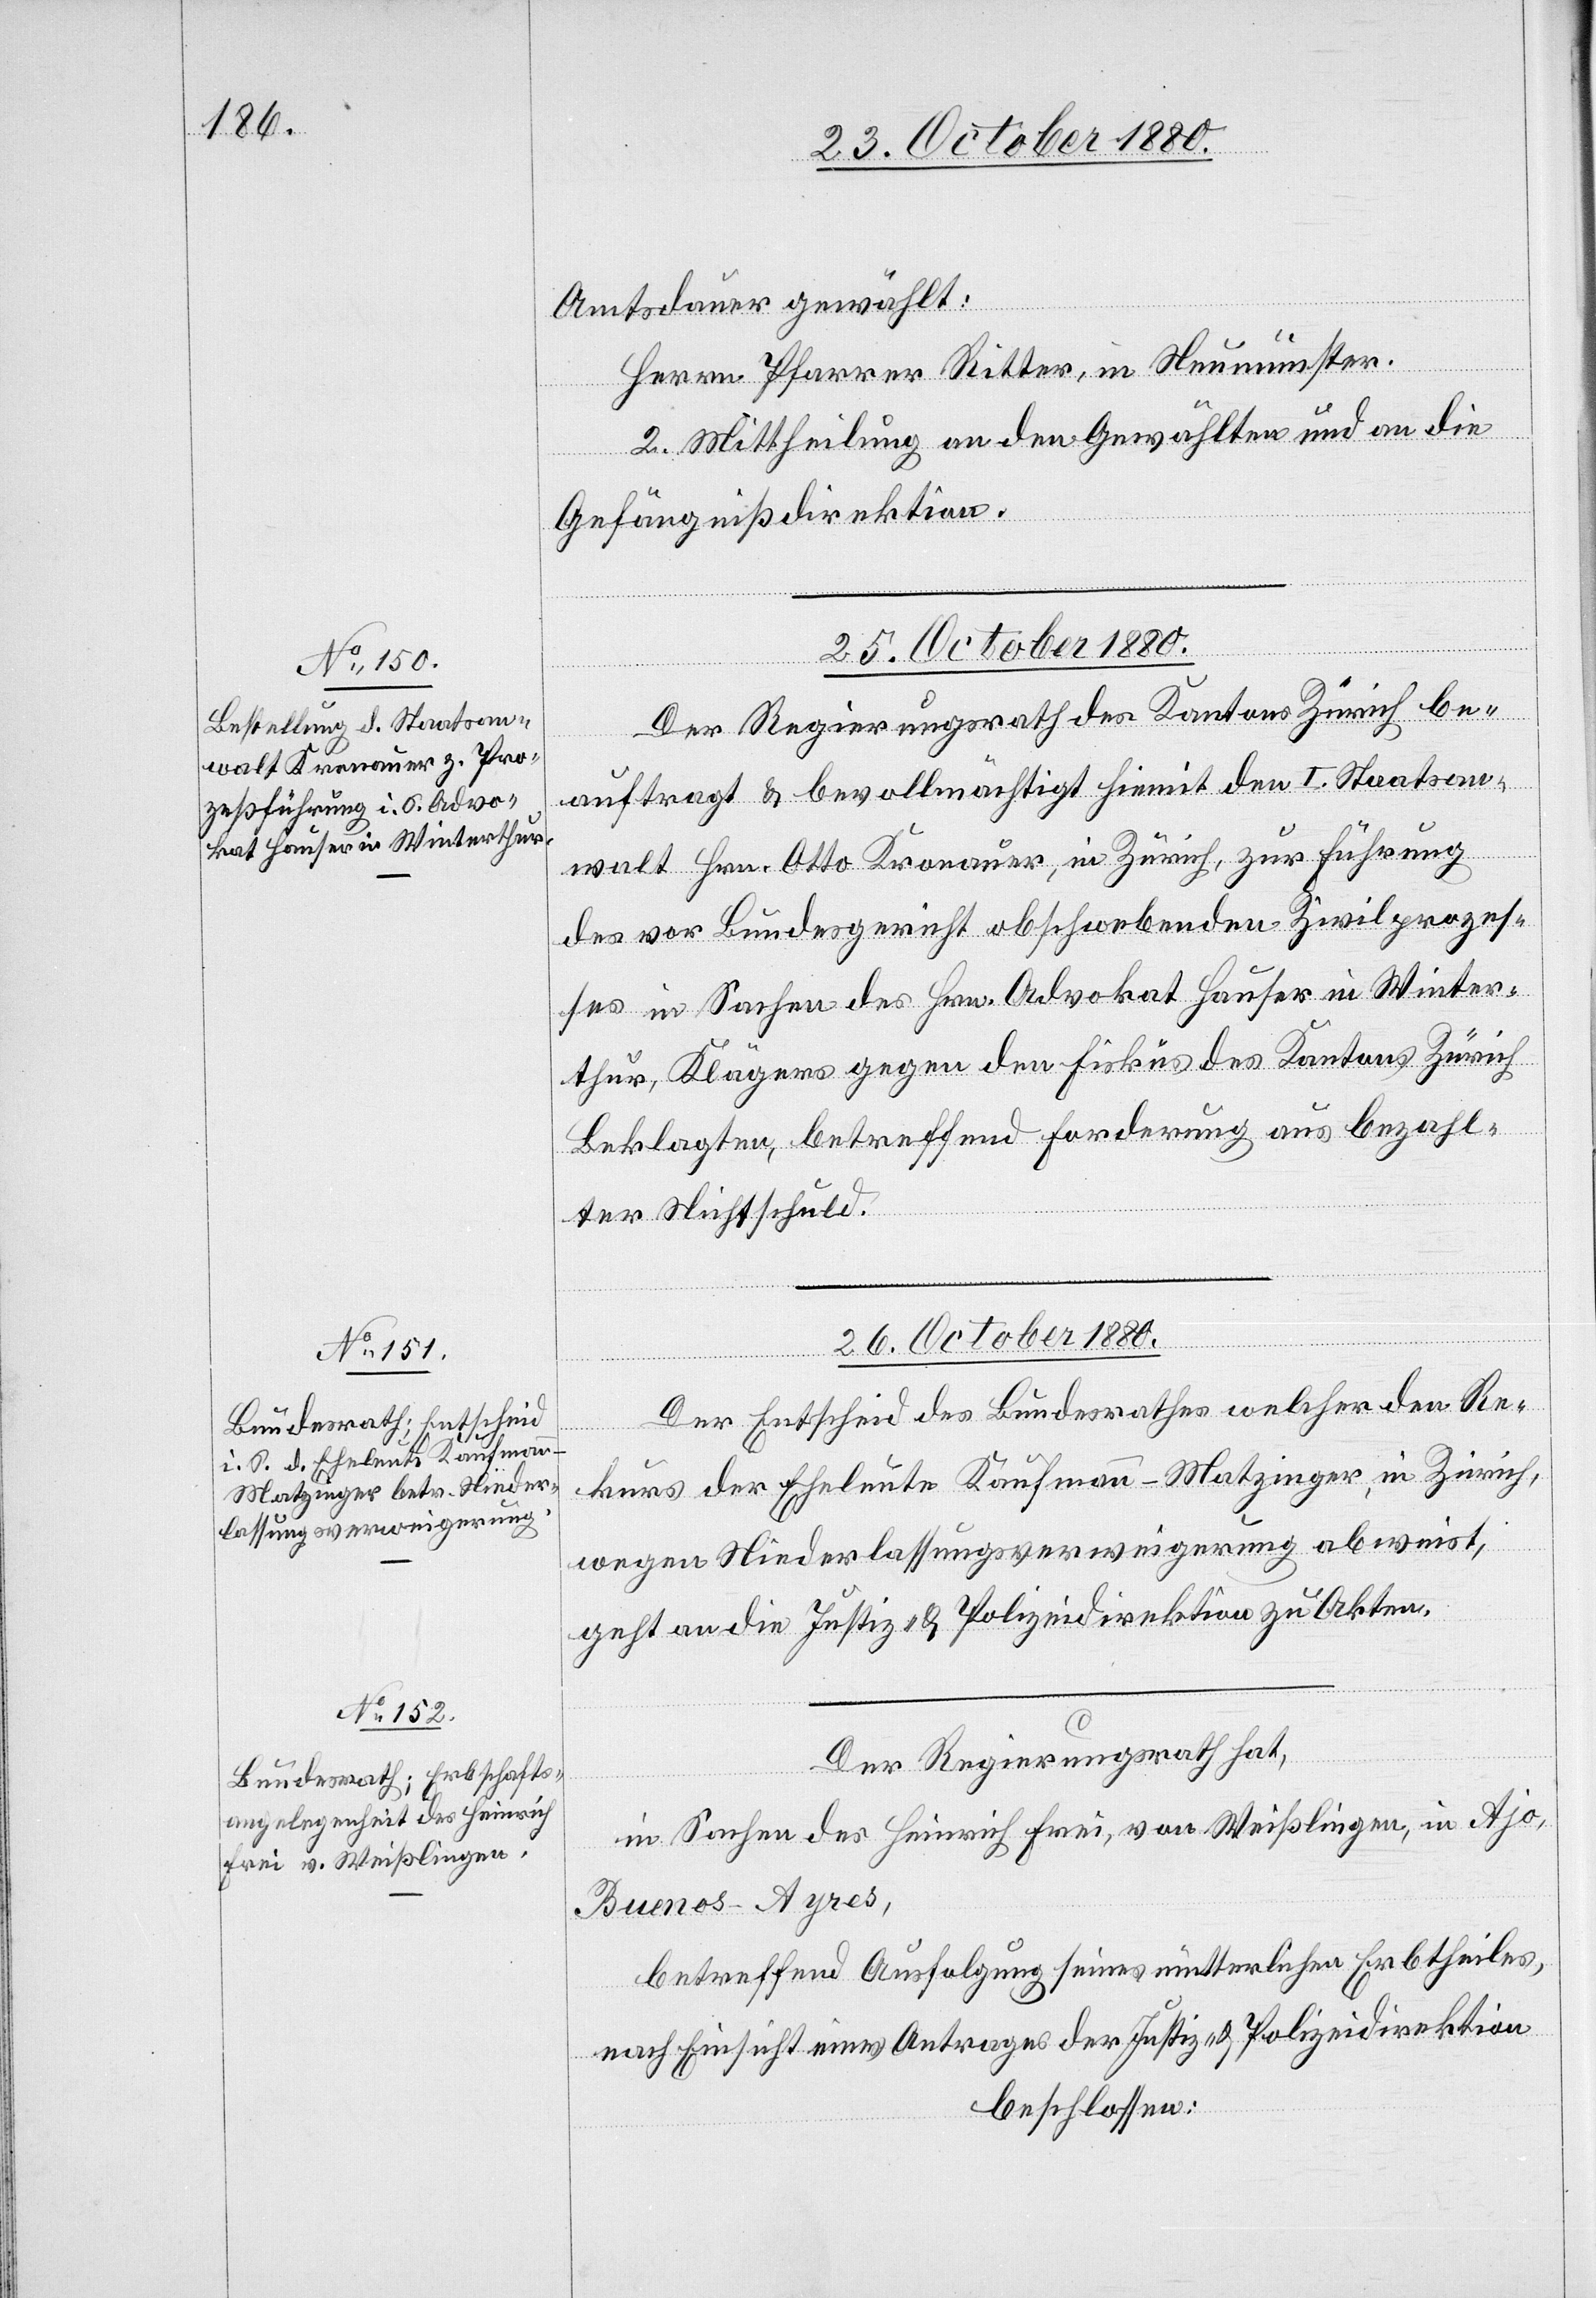
Amtsdauer gewählt:
Herrn Pfarrer Ritter, in Neumünster.
II. Mittheilung an den Gewählten und an die
Gefängnißdirektion.
26. October 1880.]
Der Regierungsrath des Kantons Zürich be¬
auftragt & bevollmächtigt hiemit den I. Staatsan¬
walt Hrn. Otto Kronauer, in Zürich, zur Führung
des vor Bundesgericht obschwebenden Zivilprozes¬
ses in Sachen des Hrn. Advokat Hauser in Winter¬
thur, Klägers gegen den Fiskus des Kantons Zürich
Beklagten, betreffend Forderung aus bezahl¬
ter Nichtschuld.
erfügungen.
Der Entscheid des Bundesrathes welcher den Re¬
kurs der Eheleute Kaufmann-Matzinger, in Zürich
wegen Niederlassungsverweigerung abweist,
geht an die Justiz- & Polizeidirektion zu Akten.
Der Regierungsrath hat,
in Sachen des Heinrich Frei, von Weißlingen, in Ajo,
Buenos-Ayres,
betreffend Ausfolgung seines mütterlichen Erbtheiles,
nach Einsicht eines Antrages der Justiz- & Polizeidirektion
beschlossen: